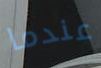
عندما